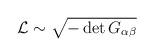
LaTeX: \begin{align*}{\cal L} \sim \sqrt {-\det G_{\alpha\beta}}\end{align*}